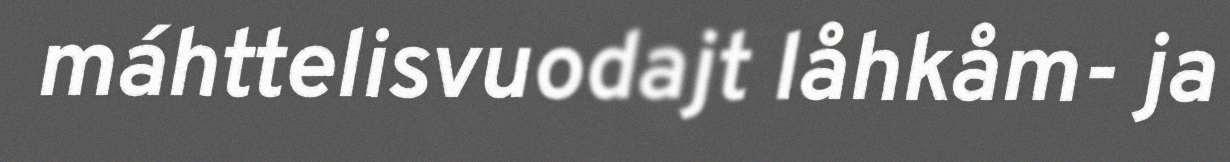
máhttelisvuodajt låhkåm- ja